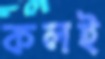
কলই